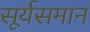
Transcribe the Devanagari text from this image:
सूर्यसमान